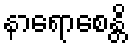
နာရောစေန္တိ